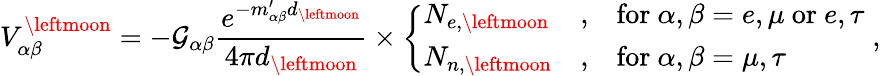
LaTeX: V_{\alpha\beta}^{\leftmoon}=-\mathcal{G}_{\alpha\beta}\frac{e^{-m_{\alpha\beta}^{\prime}d_{\leftmoon}}}{4\pi d_{\leftmoon}}\times\left\{ \begin{array}{lll}{N_{e,\leftmoon}}&{,}&{\mathrm{for}~\alpha,\beta=e,\mu~\mathrm{or}~e,\tau}\\ {N_{n,\leftmoon}}&{,}&{\mathrm{for}~\alpha,\beta=\mu,\tau}\end{array}\right.\; ,